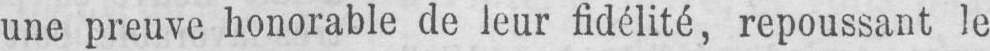
une preuve honorable de leur fidélité, repoussant le